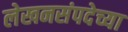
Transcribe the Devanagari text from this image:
लेखनसंपदेच्या